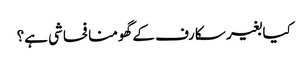
کیا بغیر سکارف کے گھومنا فحاشی ہے؟